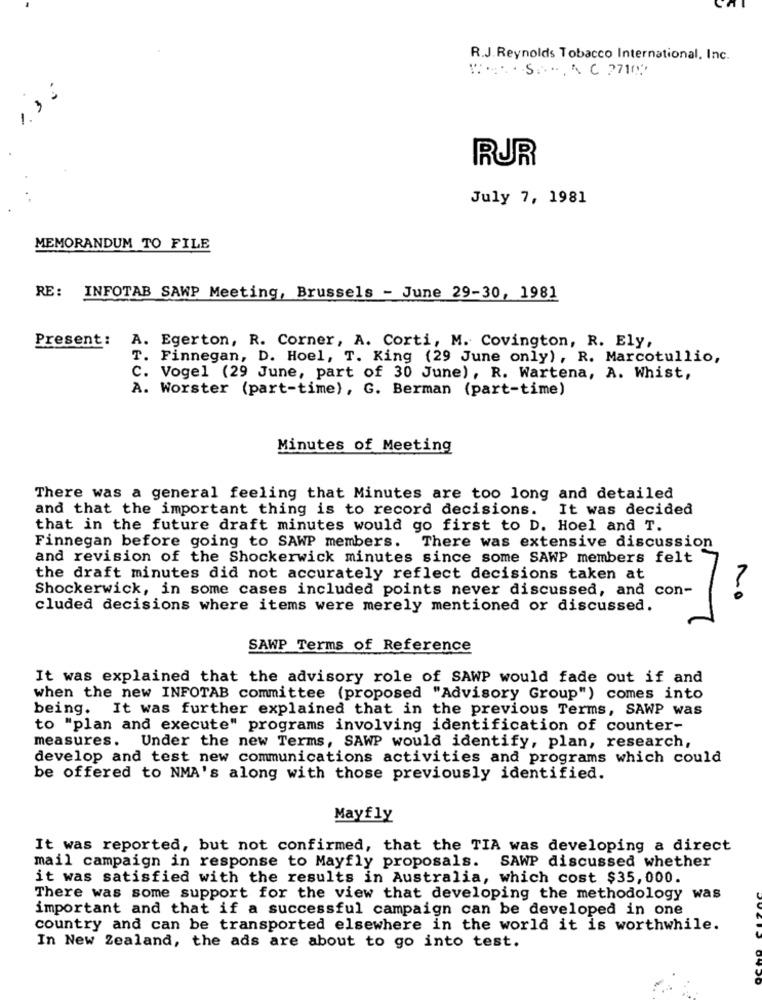
R.J.Reynolds Tobacco International, Inc.
***** S *.* C 271⑈"
RUR
July 7, 1981
MEMORANDUM TO FILE
RE: INFOTAB SAWP Meeting, Brussels - June 29-30, 1981
Present:
A. Egerton, R. Corner, A. Corti, M. Covington, R. Ely,
T. Finnegan, D. Hoel, T. King (29 June only), R. Marcotullio,
C. Vogel (29 June, part of 30 June), R. Wartena, A. Whist,
A. Worster (part-time), G. Berman (part-time)
Minutes of Meeting
There was a general feeling that Minutes are too long and detailed
and that the important thing is to record decisions.
It was decided
that in the future draft minutes would go first to D. Hoel and T.
Finnegan before going to SAWP members. There was extensive discussion
and revision of the Shockerwick minutes since some SAWP members felt
the draft minutes did not accurately reflect decisions taken at
Shockerwick, in some cases included points never discussed, and con-
No
cluded decisions where items were merely mentioned or discussed.
SAWP Terms of Reference
It was explained that the advisory role of SAWP would fade out if and
when the new INFOTAB committee (proposed "Advisory Group") comes into
being. It was further explained that in the previous Terms, SAWP was
to "plan and execute" programs involving identification of counter-
measures. Under the new Terms, SAWP would identify, plan, research,
develop and test new communications activities and programs which could
be offered to NMA's along with those previously identified.
Mayfly
It was reported, but not confirmed, that the TIA was developing a direct
mail campaign in response to Mayfly proposals. SAWP discussed whether
it was satisfied with the results in Australia, which cost $35,000.
There was some support for the view that developing the methodology was
important and that if a successful campaign can be developed in one
country and can be transported elsewhere in the world it is worthwhile.
In New Zealand, the ads are about to go into test.